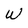
Character: W